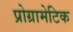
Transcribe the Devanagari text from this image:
प्रोग्रामेटिक